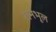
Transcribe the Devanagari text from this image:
रानभूल